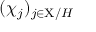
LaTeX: ( \chi _ { j } ) _ { j \in \mathrm { X } / H }